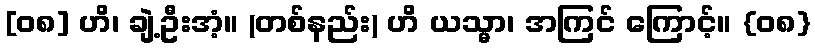
[၀၈] ဟိ၊ ချဲ့ဦးအံ့။ (တစ်နည်း) ဟိ ယသ္မာ၊ အကြင် ကြောင့်။ {၀၈}